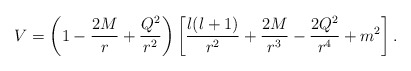
\begin{align*}V=\left( 1-\frac{2M}{r}+\frac{Q^2}{r^2} \right)\left[ \frac{l(l+1)}{r^2}+\frac{2M}{r^3}-\frac{2Q^2}{r^4}+m^2 \right].\end{align*}